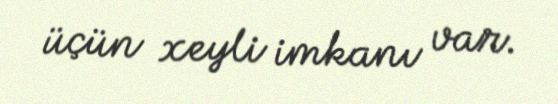
üçün xeyli imkanı var.